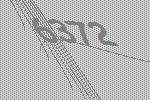
6372